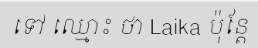
ទៅ ឈ្មោះ ថា Laika ប៉ុន្តែ